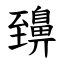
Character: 䶍